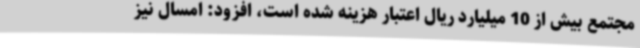
مجتمع بیش از 10 میلیارد ریال اعتبار هزینه شده است، افزود: امسال نیز